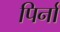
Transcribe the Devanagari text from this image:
पिर्ना